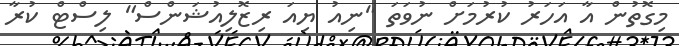
މިގޮތުން އާ އަހަރު ކުރުމަށް ނުވަތަ "ނިއު ޔިއަ ރިޒޮލިއުޝަންސް" ލިސްޓް ކުރާ